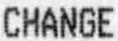
CHANGE